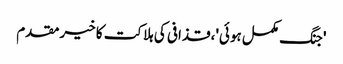
'جنگ مکمل ہوئی'، قذافی کی ہلاکت کا خیرمقدم